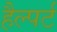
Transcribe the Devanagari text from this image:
हैल्पर्ट